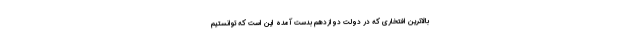
بالاترین افتخاری که در دولت دوازدهم بدست آمده این است که توانستیم